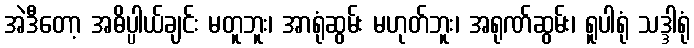
အဲဒီတော့ အဓိပ္ပါယ်ချင်း မတူဘူး၊ အာရုံဆွမ်း မဟုတ်ဘူး၊ အရုဏ်ဆွမ်း၊ ရူပါရုံ သဒ္ဒါရုံ